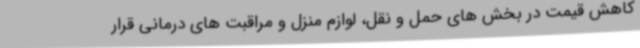
کاهش قیمت در بخش های حمل و نقل، لوازم منزل و مراقبت های درمانی قرار